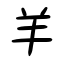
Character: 羊